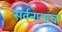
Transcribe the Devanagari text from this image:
सर्वनामाचा